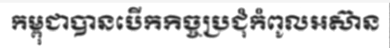
កម្ពុជាបានបើកកិច្ចប្រជុំកំពូលអស៊ាន